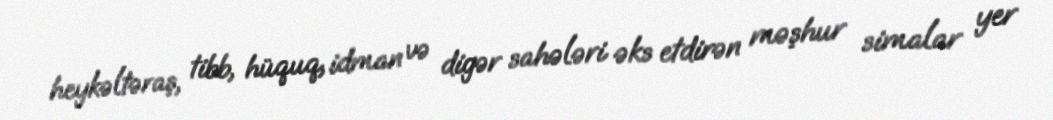
heykəltəraş, tibb, hüquq, idman və digər sahələri əks etdirən məşhur simalar yer